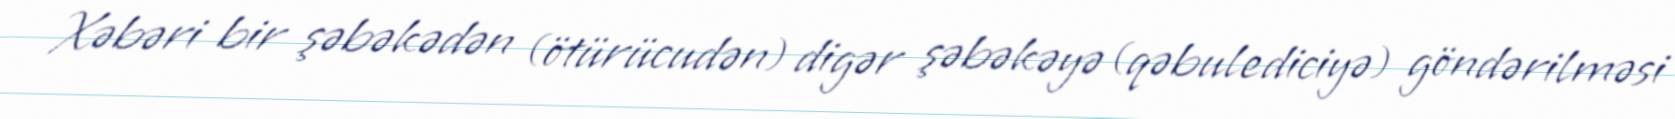
Xəbəri bir şəbəkədən (ötürücudən) digər şəbəkəyə (qəbulediciyə) göndərilməsi